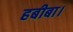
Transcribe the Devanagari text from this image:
हबीबा।